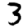
Digit: 3